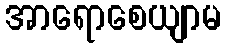
အာရောစေယျာမ